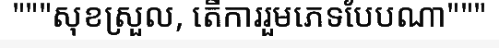
"""សុខស្រួល, តើការរួមភេទបែបណា"""